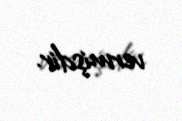
vermişdir.